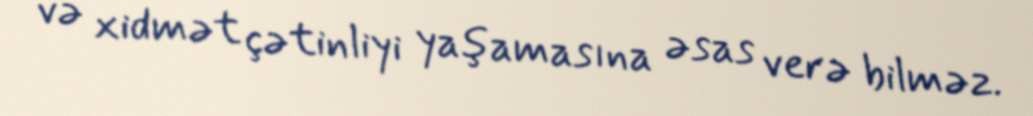
və xidmət çətinliyi yaşamasına əsas verə bilməz.